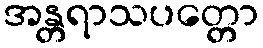
အန္တရာသပတ္တော